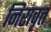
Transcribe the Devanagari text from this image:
निरावृत्त